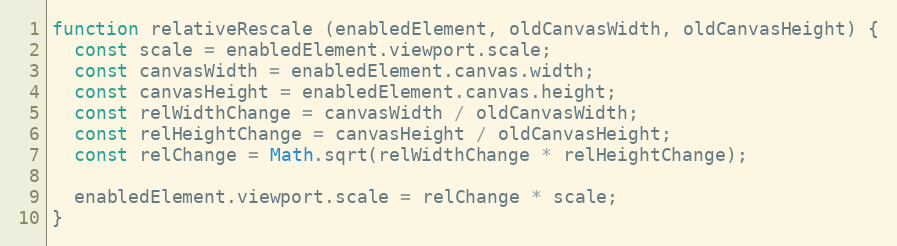
Language: JavaScript
function relativeRescale (enabledElement, oldCanvasWidth, oldCanvasHeight) {
  const scale = enabledElement.viewport.scale;
  const canvasWidth = enabledElement.canvas.width;
  const canvasHeight = enabledElement.canvas.height;
  const relWidthChange = canvasWidth / oldCanvasWidth;
  const relHeightChange = canvasHeight / oldCanvasHeight;
  const relChange = Math.sqrt(relWidthChange * relHeightChange);

  enabledElement.viewport.scale = relChange * scale;
}